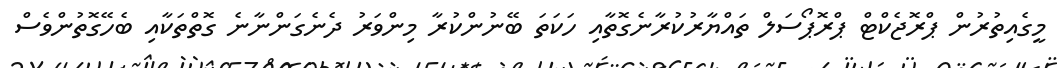
މީގެއިތުރުން ޕްރޮޖެކްޓް ޕްރޮޕޯސަލް ތައްޔާރުކުރާނެގޮތާއި ހަކަތަ ބޭނުންކުރާ މިންވަރު ދެނެގަންނާނެ ގޮތްތަކާއި ބެހޭގޮތުންވެސް